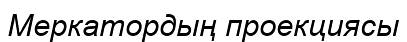
Меркатордың проекциясы